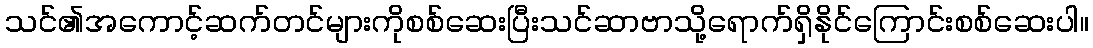
သင်၏အကောင့်ဆက်တင်များကိုစစ်ဆေးပြီးသင်ဆာဗာသို့ရောက်ရှိနိုင်ကြောင်းစစ်ဆေးပါ။